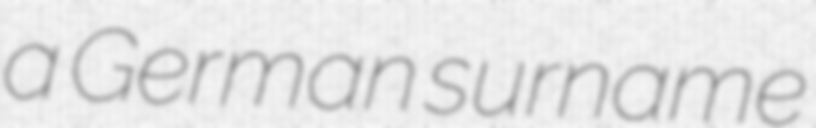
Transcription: a German surname